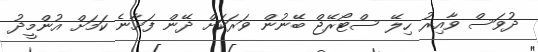
ދުވަސް ވާއިރު ހިލޭ ސްޓޯރޭޖް ބޭނުން ވަރަކަށް ދޭން ފަށާނެ ކަމަށް އުންމީދު